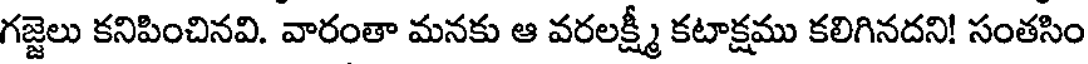
గజ్జెలు కనిపించినవి. వారంతా మనకు ఆ వరలక్ష్మీ కటాక్షము కలిగినదని! సంతసిం